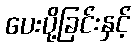
ပေးပို့ခြင်းနှင့်